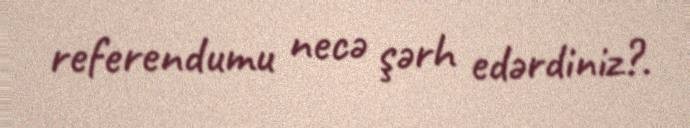
referendumu necə şərh edərdiniz?.